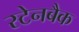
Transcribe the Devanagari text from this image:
स्टेनबैक